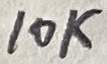
Text: 10K